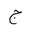
Letter: _gim